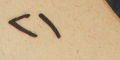
٢١